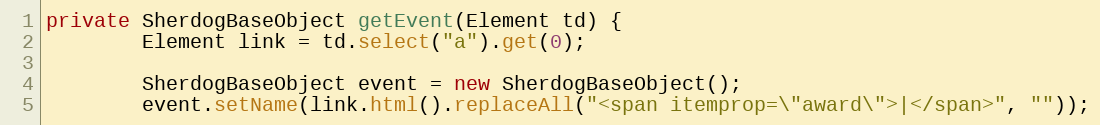
Language: Java
private SherdogBaseObject getEvent(Element td) {
        Element link = td.select("a").get(0);

        SherdogBaseObject event = new SherdogBaseObject();
        event.setName(link.html().replaceAll("<span itemprop=\"award\">|</span>", ""));